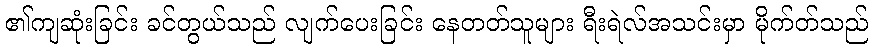
၏ကျဆုံးခြင်း ခင်တွယ်သည် လျက်ပေးခြင်း နေတတ်သူများ ရီးရဲလ်အသင်းမှာ မိုက်တ်သည်